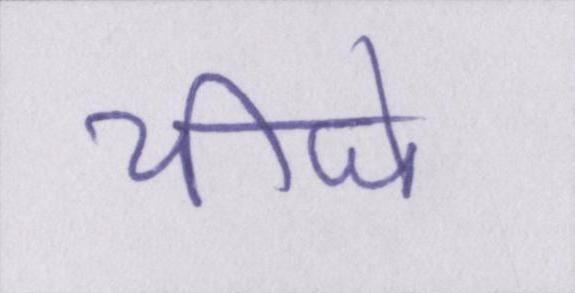
चीजे